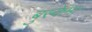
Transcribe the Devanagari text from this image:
बुस्केमा